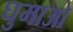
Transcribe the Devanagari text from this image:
घुमाओ